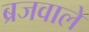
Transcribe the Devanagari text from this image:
ब्रजवाले